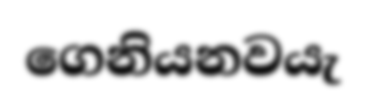
ගෙනියනවයැ